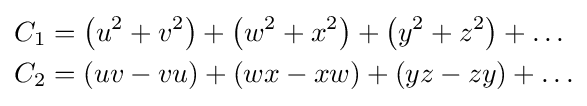
{\begin{aligned}C_{1}&=\left(u^{2}+v^{2}\right)+\left(w^{2}+x^{2}\right)+\left(y^{2}+z^{2}\right)+\ldots \\C_{2}&=\left(uv-vu\right)+\left(wx-xw\right)+\left(yz-zy\right)+\ldots \end{aligned}}